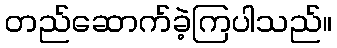
တည်ဆောက်ခဲ့ကြပါသည်။